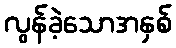
လွန်ခဲ့သောအနှစ်